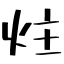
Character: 炷